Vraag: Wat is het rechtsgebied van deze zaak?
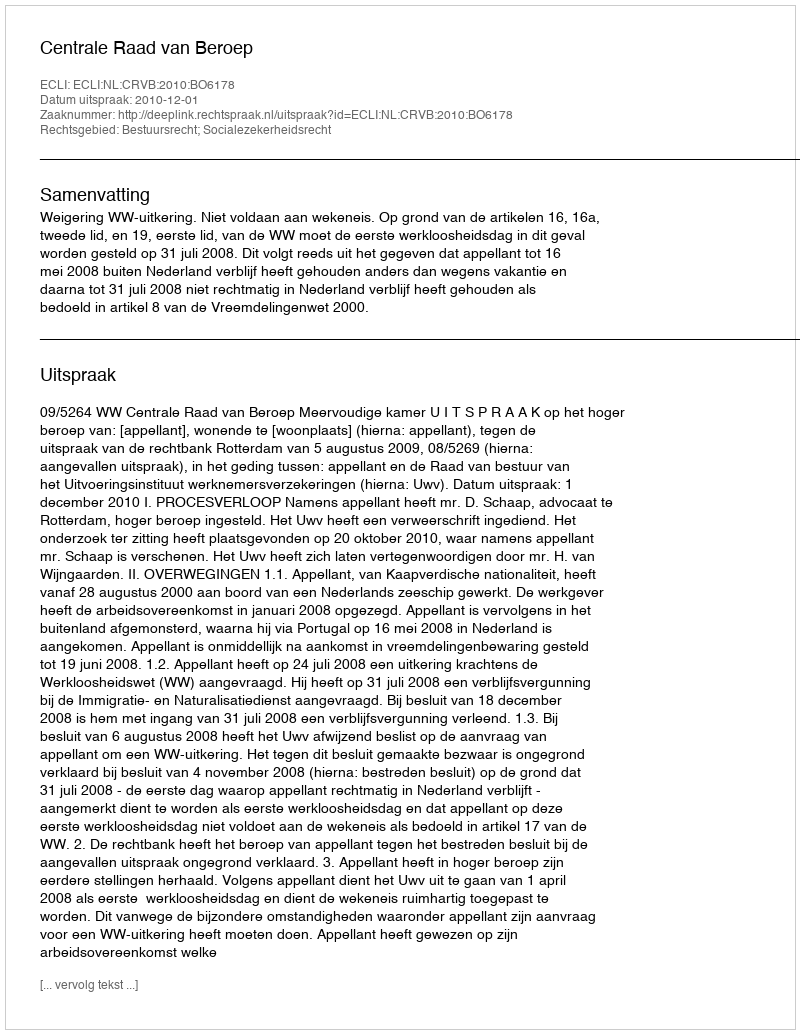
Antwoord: Bestuursrecht; Socialezekerheidsrecht